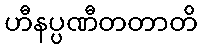
ဟီနပ္ပဏီတတာတိ